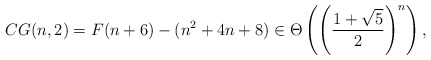
\begin{align*} CG(n,2)=F(n+6)-(n^2 + 4n +8)\in \Theta\left(\left(\frac{1+\sqrt{5}}{2}\right)^n\right),\end{align*}